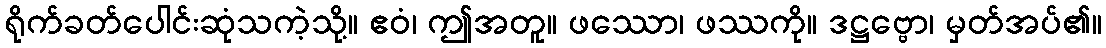
ရိုက်ခတ်ပေါင်းဆုံသကဲ့သို့။ ဧဝံ၊ ဤအတူ။ ဖဿော၊ ဖဿကို။ ဒဋ္ဌဗ္ဗော၊ မှတ်အပ်၏။